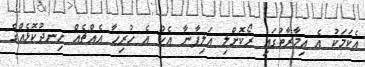
އެކަމަކު އެ އިމާރާތުގައި ރޯކޮށްލި އަލިފާނާ އެކު އެ ހުރިހާ އެއްޗެއް ހިނދުކޮޅެއްގެ